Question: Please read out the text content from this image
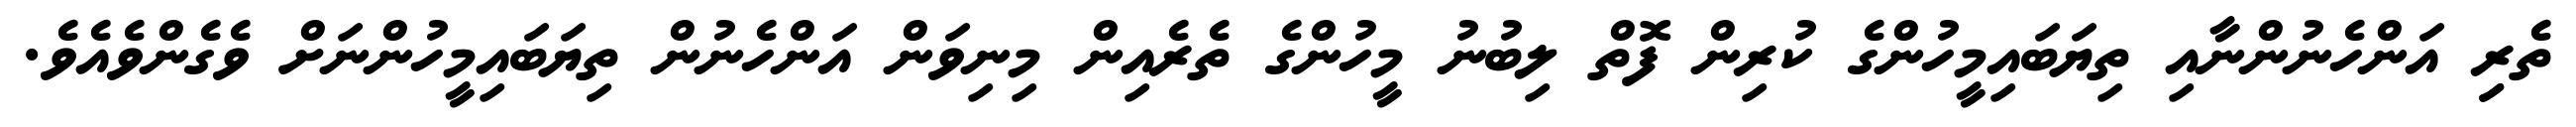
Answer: ތެރިި އަންހެނުންނާއި ތިޔަބައިމީހުންގެ ކުރިން ފޮތް ލިބުނު މީހުންގެ ތެރެއިން މިނިވަން އަންހެނުން ތިޔަބައިމީހުންނަށް ވެގެންވެއެވެ.